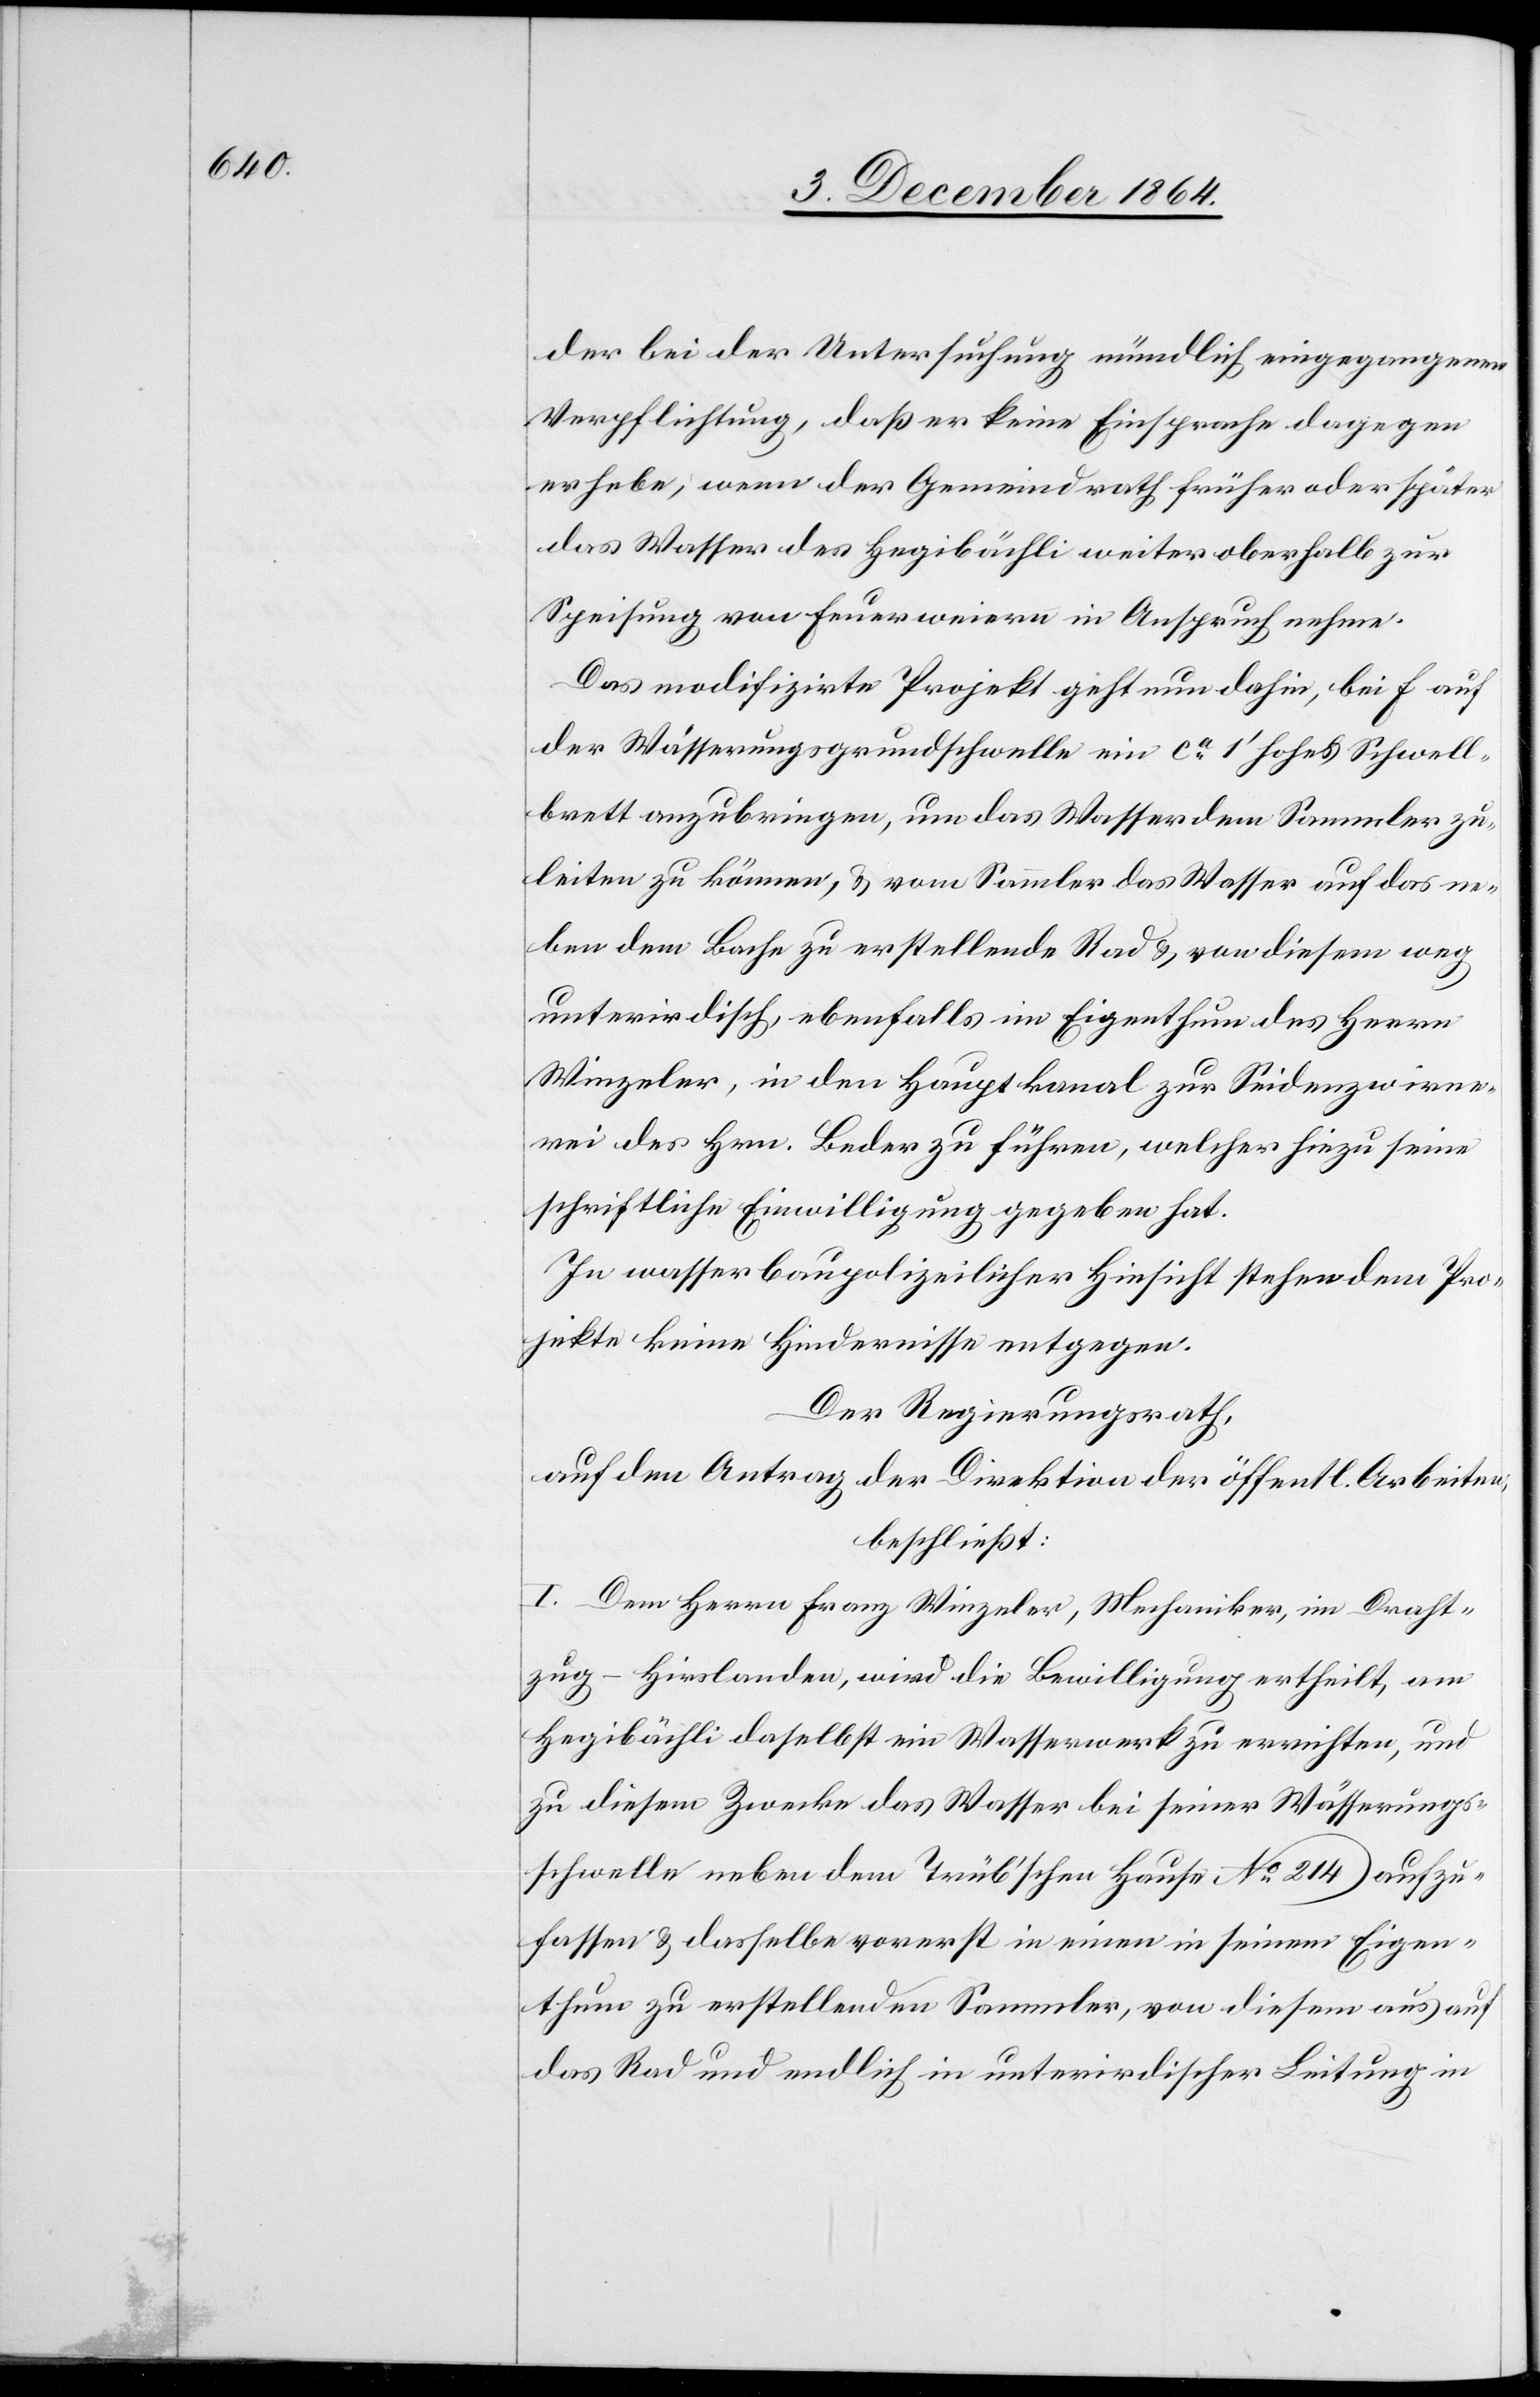
der bei der Untersuchung mündlich eingegangenen
Verpflichtung, daß er keine Einsprache dagegen
erhebe, wenn der Gemeindrath früher oder später
das Wasser des Hegibächli weiter oberhalb zur
Speisung von Feuerweiern in Anspruch nehme.
Das modifizirte Projekt geht nun dahin, bei f auf
der Wässerungsgrundschwelle ein ca 1’ hohes Schwell¬
brett anzubringen, um das Wasser dem Sammler zu¬
leiten zu können, & vom Sammler das Wasser auf das ne¬
ben dem Bache zu erstellende Rad & von diesem weg
unterirdisch, ebenfalls im Eigenthum des Herrn
Winzeler, in den Hauptkanal zur Seidenzwirne¬
rei des Hrn. Beder zu führen, welcher hiezu seine
schriftliche Einwilligung gegeben hat.
In wasserbaupolizeilicher Hinsicht stehen dem Pro¬
jekte keine Hindernisse entgegen.
Der Regierungsrath.
auf den Antrag der Direktion der öffentl. Arbeiten,
beschließt:
I. Dem Herrn Franz Winzeler, Mechaniker, im Draht¬
zug - Hirslanden, wird die Bewilligung ertheilt, am
Hegibächli daselbst ein Wasserwerk zu errichten und
zu diesem Zwecke das Wasser bei seiner Wässerungs¬
schwelle neben dem Trüb’schen Hause No 214 aufzu¬
fassen & dasselbe vorerst in einen in seinem Eigen¬
thum zu erstellenden Sammler, von diesem aus auf
das Rad und endlich in unterirdischer Leitung in